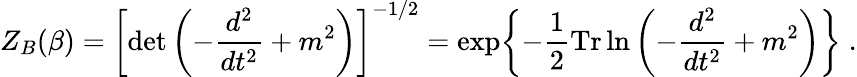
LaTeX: Z_{B}(\beta)=\left[\operatorname*{det}\left(-{\frac{d^{2}}{dt^{2}}}+m^{2}\right)\right]^{-1/2}=\exp\biggl\{ -{\frac{1}{2}}\mathrm{Tr}\ln\left(-{\frac{d^{2}}{dt^{2}}}+m^{2}\right)\biggr\} \; .